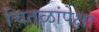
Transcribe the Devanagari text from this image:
चितळांपेक्षा